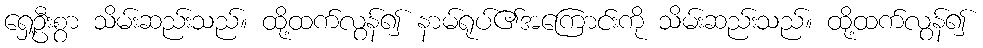
ရှေ့ဦးစွာ သိမ်းဆည်းသည်။ ထို့ထက်လွန်၍ နာမ်ရုပ်၏အကြောင်းကို သိမ်းဆည်းသည်။ ထို့ထက်လွန်၍